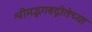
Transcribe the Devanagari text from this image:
श्रीमद्भगवद्गीतेच्या